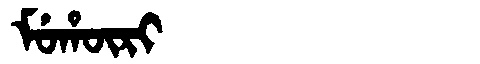
Manchu: ᠮᡠᡥᡡᡵᡳ
Romanization: MUHŪRI